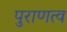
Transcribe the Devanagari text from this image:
पुराणत्व